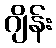
ဂျိန်း